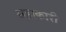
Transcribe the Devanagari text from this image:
सहाकारी